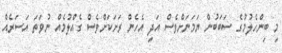
މި ބިންހެލުމުގެ ސަބަބުން ޔަމަނަށްވެސް އަދި އެހެން ރަށަކަށްވެސް ގެއްލުމެއް ނުވަތަ އަސަރެއް